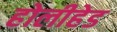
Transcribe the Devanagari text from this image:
होलीहेड